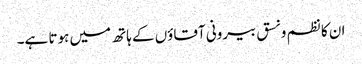
ان کا نظم و نسق بیرونی آقاؤں کے ہاتھ میں ہوتا ہے۔